Civil Veterinary Department Bihar reports 1936-40 - 1936-1940
Year: 1936
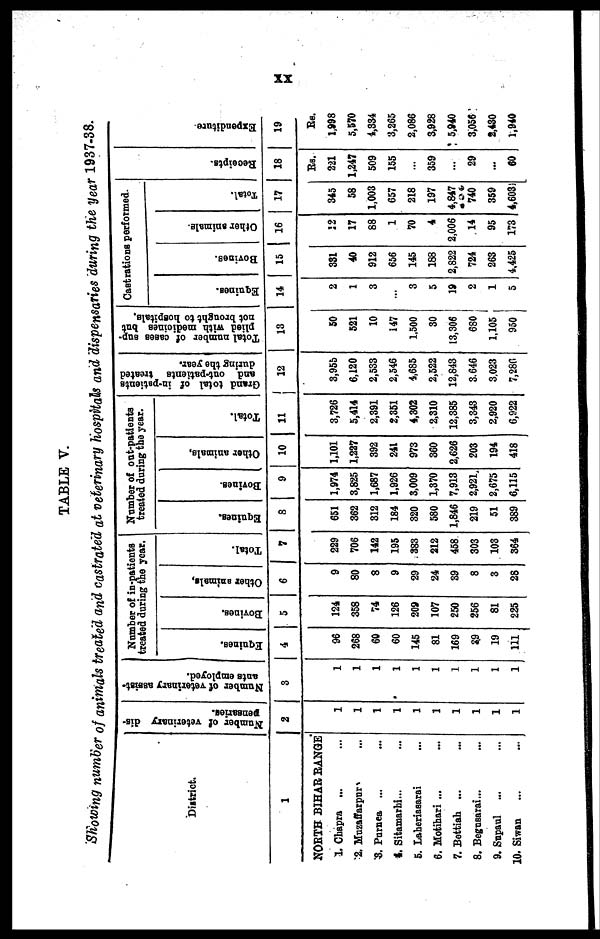
XX
TABLE V.
Showing number of animals treated and castrated at veterinary hospitals and dispensaries during the year 1937-38.
District.
1
NORTH BIHAR RANGE
1. Chapra ... ...
2. Muzaffarpurs ...
3. Purnea ... ...
4. Sitamarhi ... ...
5. Laheriasarai ...
6. Motihari ... ...
7. Bettiah ... ...
8. Begusarai ... ...
9. Supaul ... ...
10. Siwan ... ...
Number of veterinary dis-
pensaries.
2
1
1
1
1
1
1
1
1
1
1
Number of veterinary assist-
ants employed.
3
1
1
1
1
1
1
1
1
1
1
Number of in-patients
treated daring the year.
Equines.
4
96
268
60
60
145
81
169
39
19
111
Bovines.
5
124
358
74
126
209
107
250
256
81
225
Other animals,
6
9
80
8
9
29
24
39
8
3
28
Total.
7
229
706
142
195
383
212
458
303
103
364
Number of out-patients
treated during toe year.
Equines.
8
651
362
312
184
320
580
1,846
219
51
389
Bovines.
9
1,974
3,825
1,687
1,926
3,009
1,370
7,913
2,921
2,675
6,115
Other animals.
10
1,101
1,227
392
241
973
360
2,626
203
194
418
Total.
11
3,726
5,414
2,391
2,351
4,302
2,310
12,385
3,343
2,920
6,922
Grand total of in-patients
and out-patients treated
during the year.
12
3,955
6,120
2,533
2,546
4,685
2,522
12,843
3,646
3,023
7,280
Total number of cases sup-
plied with medicines but
not brought to hospitals.
13
50
521
10
147
1,500
30
13,306
680
1,105
950
Castrations performed.
Equines.
14
2
1
3
...
3
5
19
2
1
5
Bovines.
15
331
40
912
656
145
188
2,822
724
263
4.425
Other animals.
16
12
17
88
1
70
4
2,006
14
95
173
Total.
17
345
58
1,003
657
218
197
4,847
740
359
4,603
Receipts.
18
Rs.
221
1,247
509
155
...
359
...
29
...
60
Expe ndi t
ur e
19
Rs.
1,998
5,570
4,334
3,265
2,086
3,928
5,940
3,056
2,430
1,940